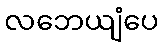
လဘေယျံပေ